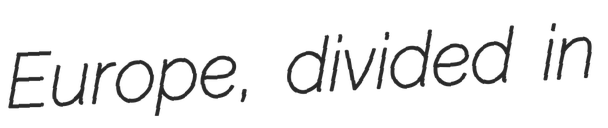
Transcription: Europe, divided in